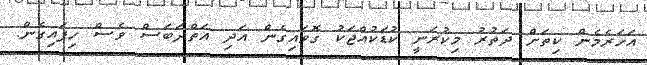
އަހަރެމެން ކިތަށް ދަތުރު މިކުރަނީ ކުޑަކުއްޖަކު ގޮވައިގެން އަދި އަތްދަބަސް ވެސް ހިފައިގެން.